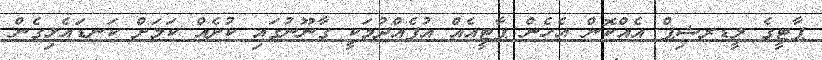
ޕާޓީގެ ލީޑރޝިޕް އެއްކޮން އެހެން ޕާޓީއެއް އުފެއްދުމަކީ ގާނޫނުގައި ކުށެއް ކަމަށް ކަނޑައެޅިގެން